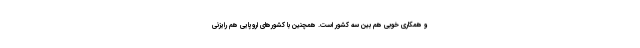
و همکاری خوبی هم بین سه کشور است. همچنین با کشورهای اروپایی هم رایزنی